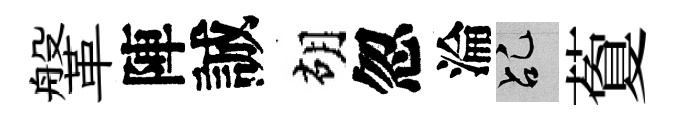
鞶陣誠胡忽淪乩藑